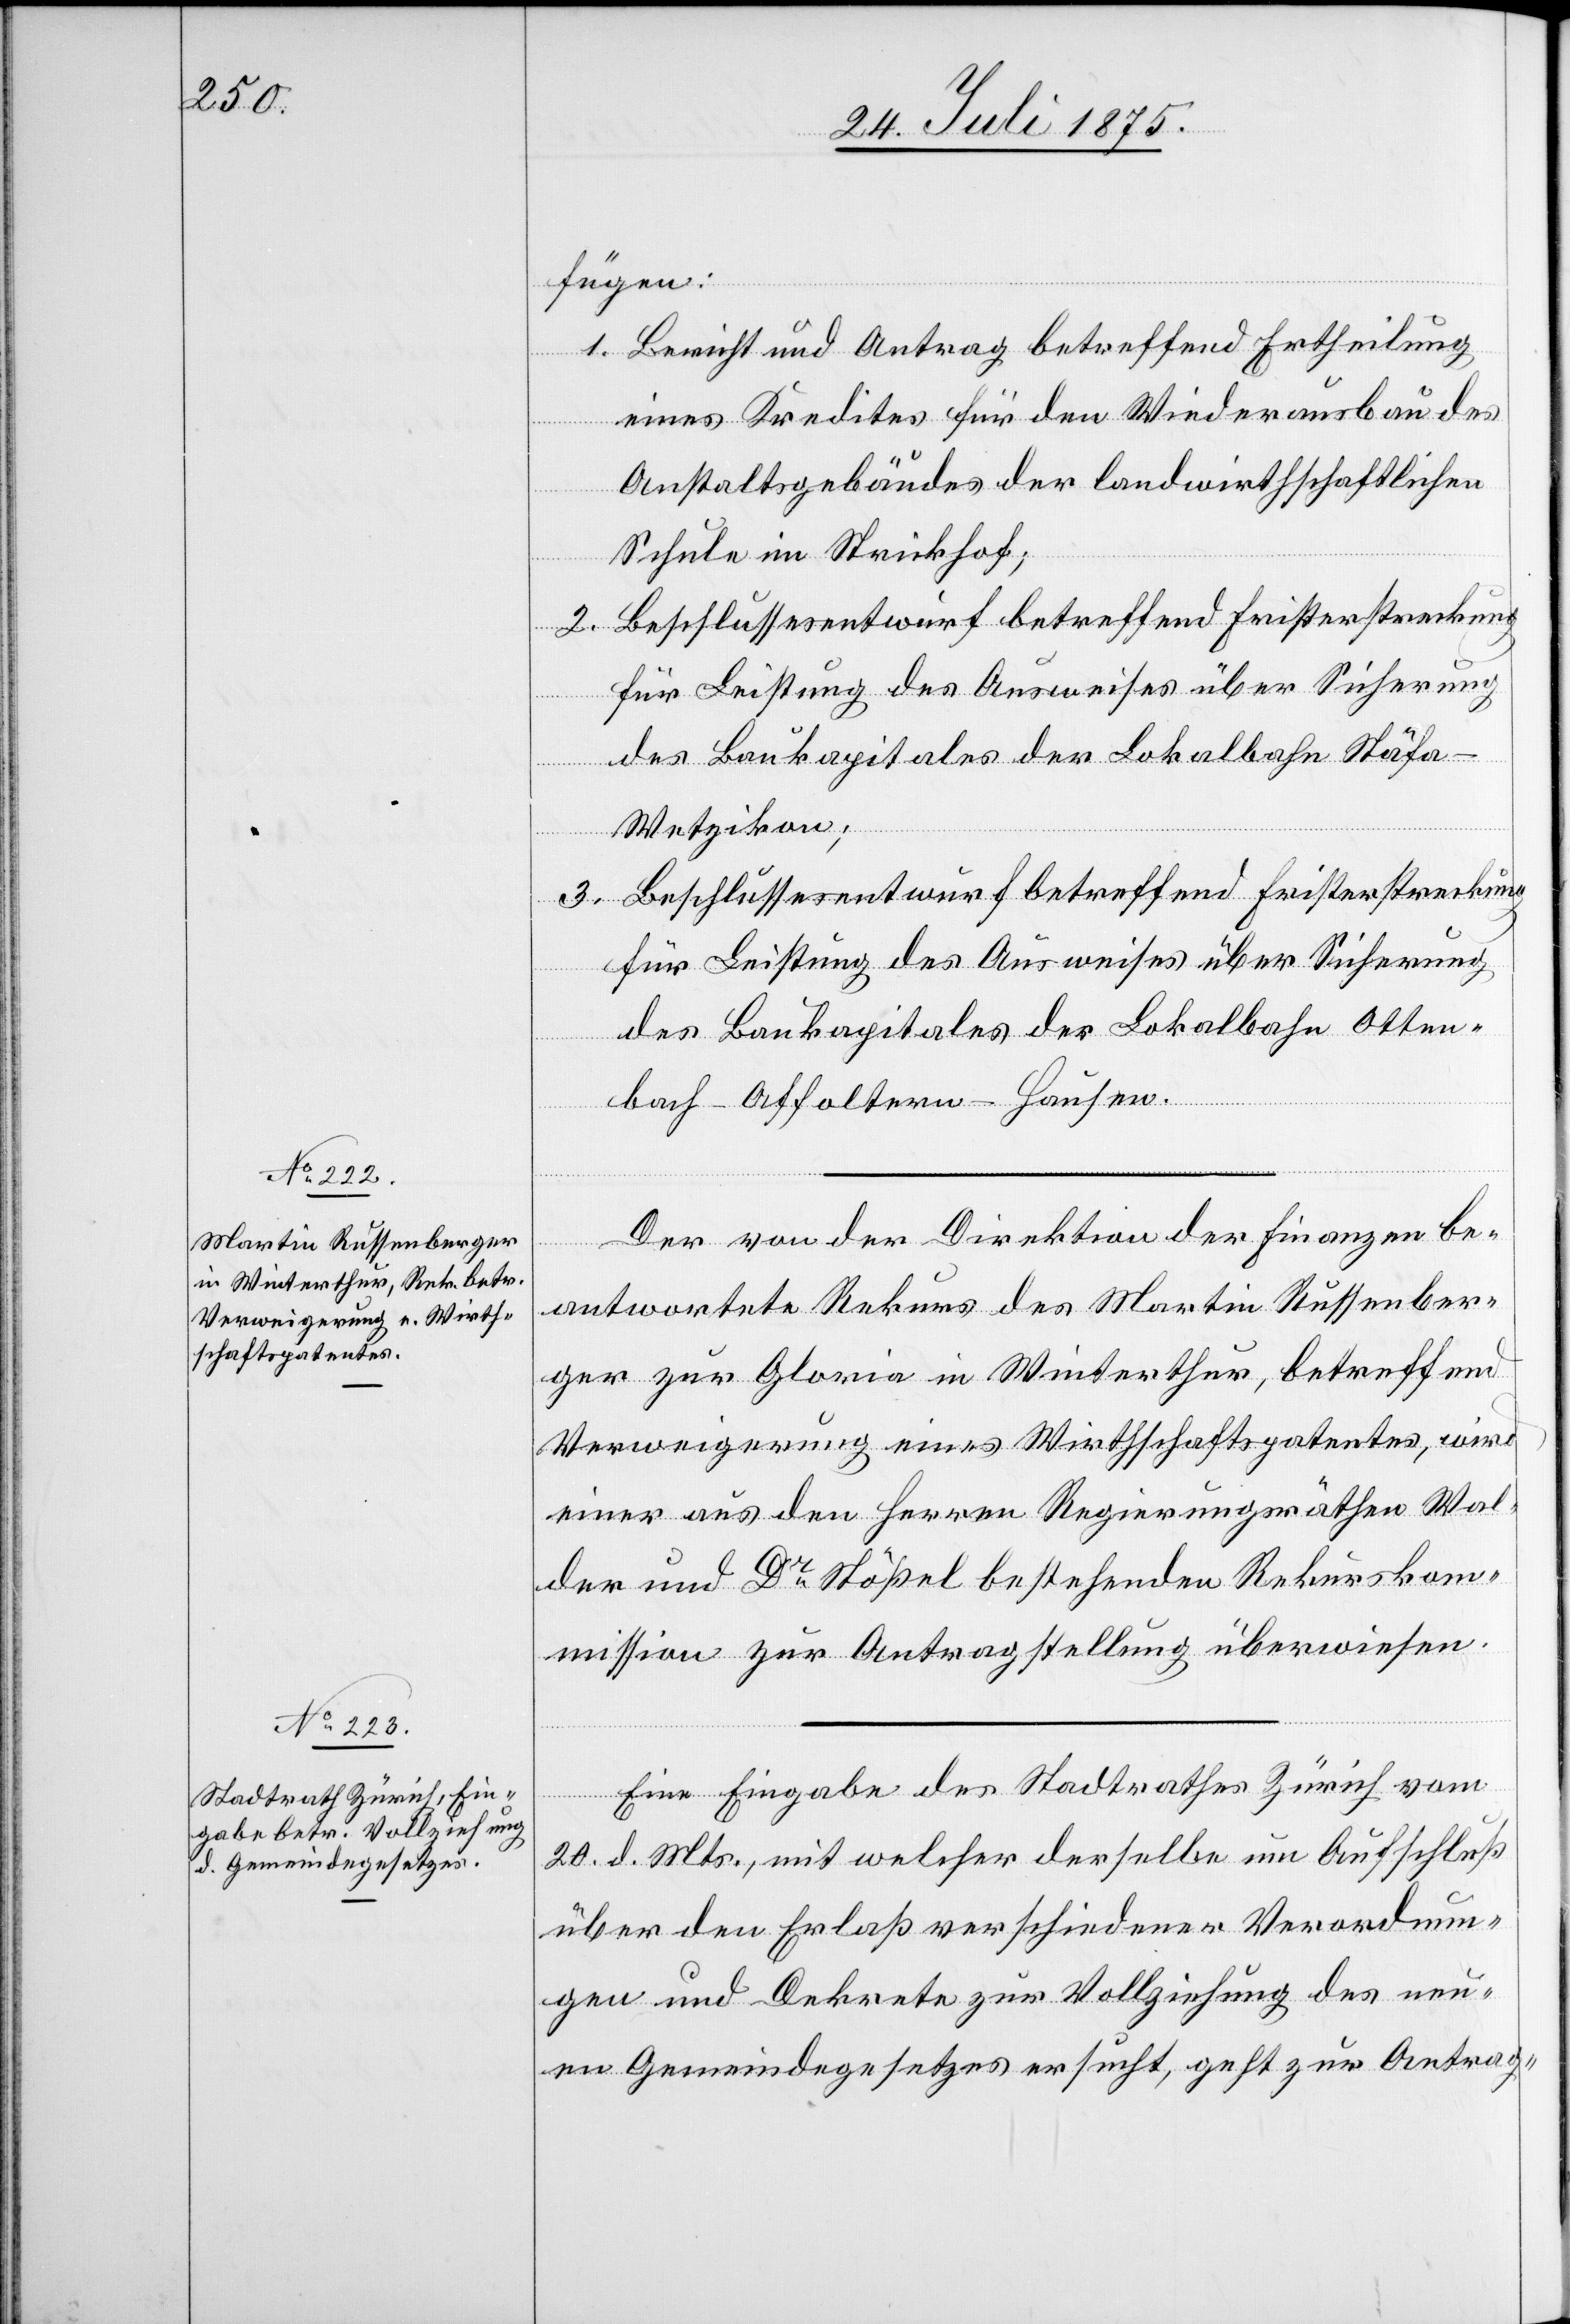
fügen:
1. Bericht und Antrag betreffend Ertheilung
eines Kredites für den Wiederausbau des
Anstaltgebäudes der landwirthschaftlichen
Schule im Strickhof;
2. Beschlussesentwurf betreffend Fristerstreckung
für Leistung des Ausweises über Sicherung
des Baukapitales der Lokalbahn Stäf¬
a–Wetzikon;
3. Beschlussesentwurf betreffend Fristerstreckung
für Leistung des Ausweises über Sicherung
des Baukapitales der Lokalbahn Otten¬
bach–Affoltern–Hausen.
Der von der Direktion der Finanzen be¬
antwortete Rekurs des Martin Russenber¬
ger zur Gloria in Winterthur, betreffend
Verweigerung eines Wirthschaftspatentes, wird
einer aus den Herren Regierungsräthen Wal¬
der und Dr Stößel bestehenden Rekurskom¬
mission zur Antragstellung überwiesen.
Eine Eingabe des Stadtrathes Zürich vom
20. d. Mts., mit welcher derselbe um Aufschluß
über den Erlaß verschiedener Verordnun¬
gen und Dekrete zur Vollziehung des neu¬
en Gemeindegesetzes ersucht, geht zur Antrag-